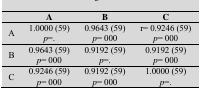
<table><thead><tr><td>[EMPTY_CELL]</td><td><b>A</b></td><td><b>B</b></td><td><b>C</b></td></tr></thead><tbody><tr><td>A</td><td>1.0000 (59)<i>p</i>=.</td><td>0.9643 (59)<i>p</i>= 000</td><td>r= 0.9246 (59)<i>p</i>= 000</td></tr><tr><td>B</td><td>0.9643 (59)<i>p</i>= 000</td><td>0.9192 (59)<i>p</i>=.</td><td>0.9192 (59)<i>p</i>= 000</td></tr><tr><td>C</td><td>0.9246 (59)<i>p</i>= 000</td><td>0.9192 (59)<i>p</i>= 000</td><td>1.0000 (59)<i>p</i>=.</td></tr></tbody></table>